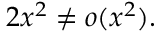
2 x ^ { 2 } \neq o ( x ^ { 2 } ) .